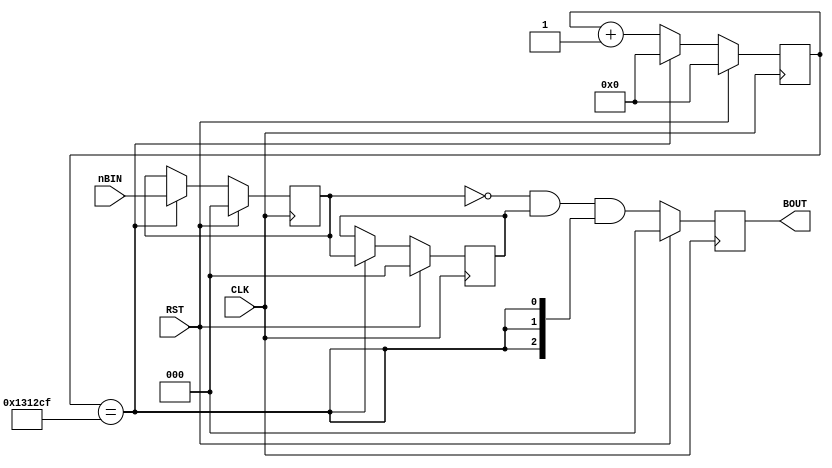
module BTN_IN (
        input CLK, RST,
        input [2:0] nBIN,
        output reg [2:0] BOUT
    );

    /* 50MHz125000040Hz*/
    /* en40hz140Hz */
    reg [20:0] cnt;

    wire en40hz = ( cnt==1250000-1);

    always @( posedge CLK ) begin
        if ( RST )
            cnt <= 21'b0;
        else if (en40hz)
            cnt <= 21'b0;
        else
            cnt <= cnt + 21'b1;
    end

    /* FF2 */
    reg [2:0] ff1, ff2;

    always @( posedge CLK ) begin
        if ( RST ) begin
            ff2 <=3'b0;
            ff1 <=3'b0;
        end
        else if ( en40hz ) begin
            ff2 <= ff1;
            ff1 <= nBIN;
        end
    end

    /* 0 */
    wire [2:0] temp = ~ff1 & ff2 & {3{en40hz}}; // ff1, ff23en40hz3

    /* FF */
    always @( posedge CLK ) begin
        if ( RST )
            BOUT <= 3'b0;
        else
            BOUT <= temp;
    end

endmodule